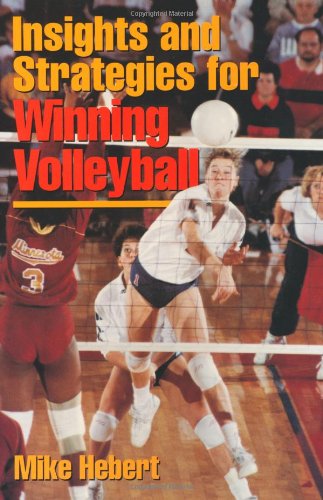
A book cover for Insights & Strategies for Winning Volleyball; Michael Robert Hebert; Sports & Outdoors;